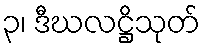
၃၊ ဒီဃလဋ္ဌိသုတ်